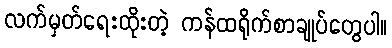
လက်မှတ်ရေးထိုးတဲ့ ကန်ထရိုက်စာချုပ်တွေပါ။